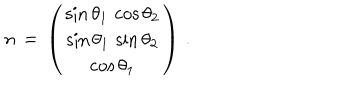
LaTeX: n \, = \, \left( \begin{array} { c } { { \sin \theta _ { 1 } \, \cos \theta _ { 2 } } } \\ { { \sin \theta _ { 1 } \, \sin \theta _ { 2 } } } \\ { { \cos \theta _ { 1 } } } \\ \end{array} \right) \, .